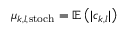
\mu _ { k , l , \mathrm { s t o c h } } = \mathbb { E } \left( | c _ { k , l } | \right)